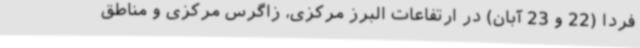
فردا (22 و 23 آبان) در ارتفاعات البرز مرکزی، زاگرس مرکزی و مناطق